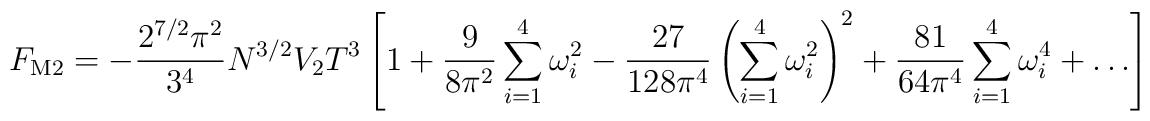
F_{\rm M2} = -\frac{2^{7/2} \pi^2}{3^4} N^{3/2}V_2 T^3 \left[ 1 +  \frac{9}{8 \pi^2} \sum_{i=1}^4 \omega_i^2 - \frac{27}{128 \pi^4 }\left( \sum_{i=1}^4 \omega_i^2 \right)^2 + \frac{81}{64 \pi^4 }\sum_{i=1}^4 \omega_i^4  + \ldots \right]